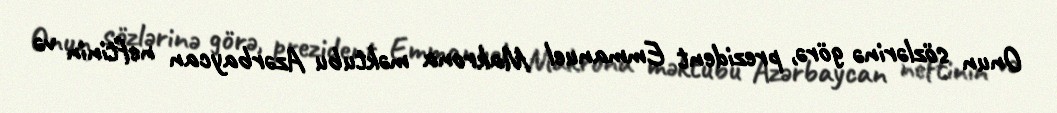
Onun sözlərinə görə, prezident Emmanuel Makrona məktubu Azərbaycan neftinin və